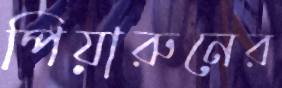
পিয়ারুনের